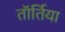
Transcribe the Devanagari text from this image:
तॉर्तिया